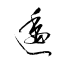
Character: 逶